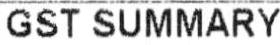
GST SUMMARY